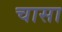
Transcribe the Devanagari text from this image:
चासा